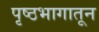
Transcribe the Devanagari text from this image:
पृष्ठभागातून